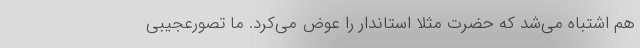
هم اشتباه می‌شد که حضرت مثلا استاندار را عوض می‌کرد. ما تصورعجیبی